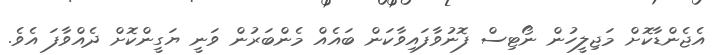
އެޖެންޑާކޮށް މަޖިލީހުން ނޯޓިސް ފޮނުވާފައިވާކަން ބައެއް މެންބަރުން ވަނީ ޔަގީންކޮށް ދެއްވާފަ އެވެ.